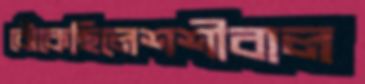
ঝেঁকেছিলেশশীবাল